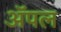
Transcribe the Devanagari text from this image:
अॅपल